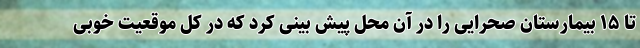
تا ۱۵ بیمارستان صحرایی را در آن محل پیش بینی کرد که در کل موقعیت خوبی